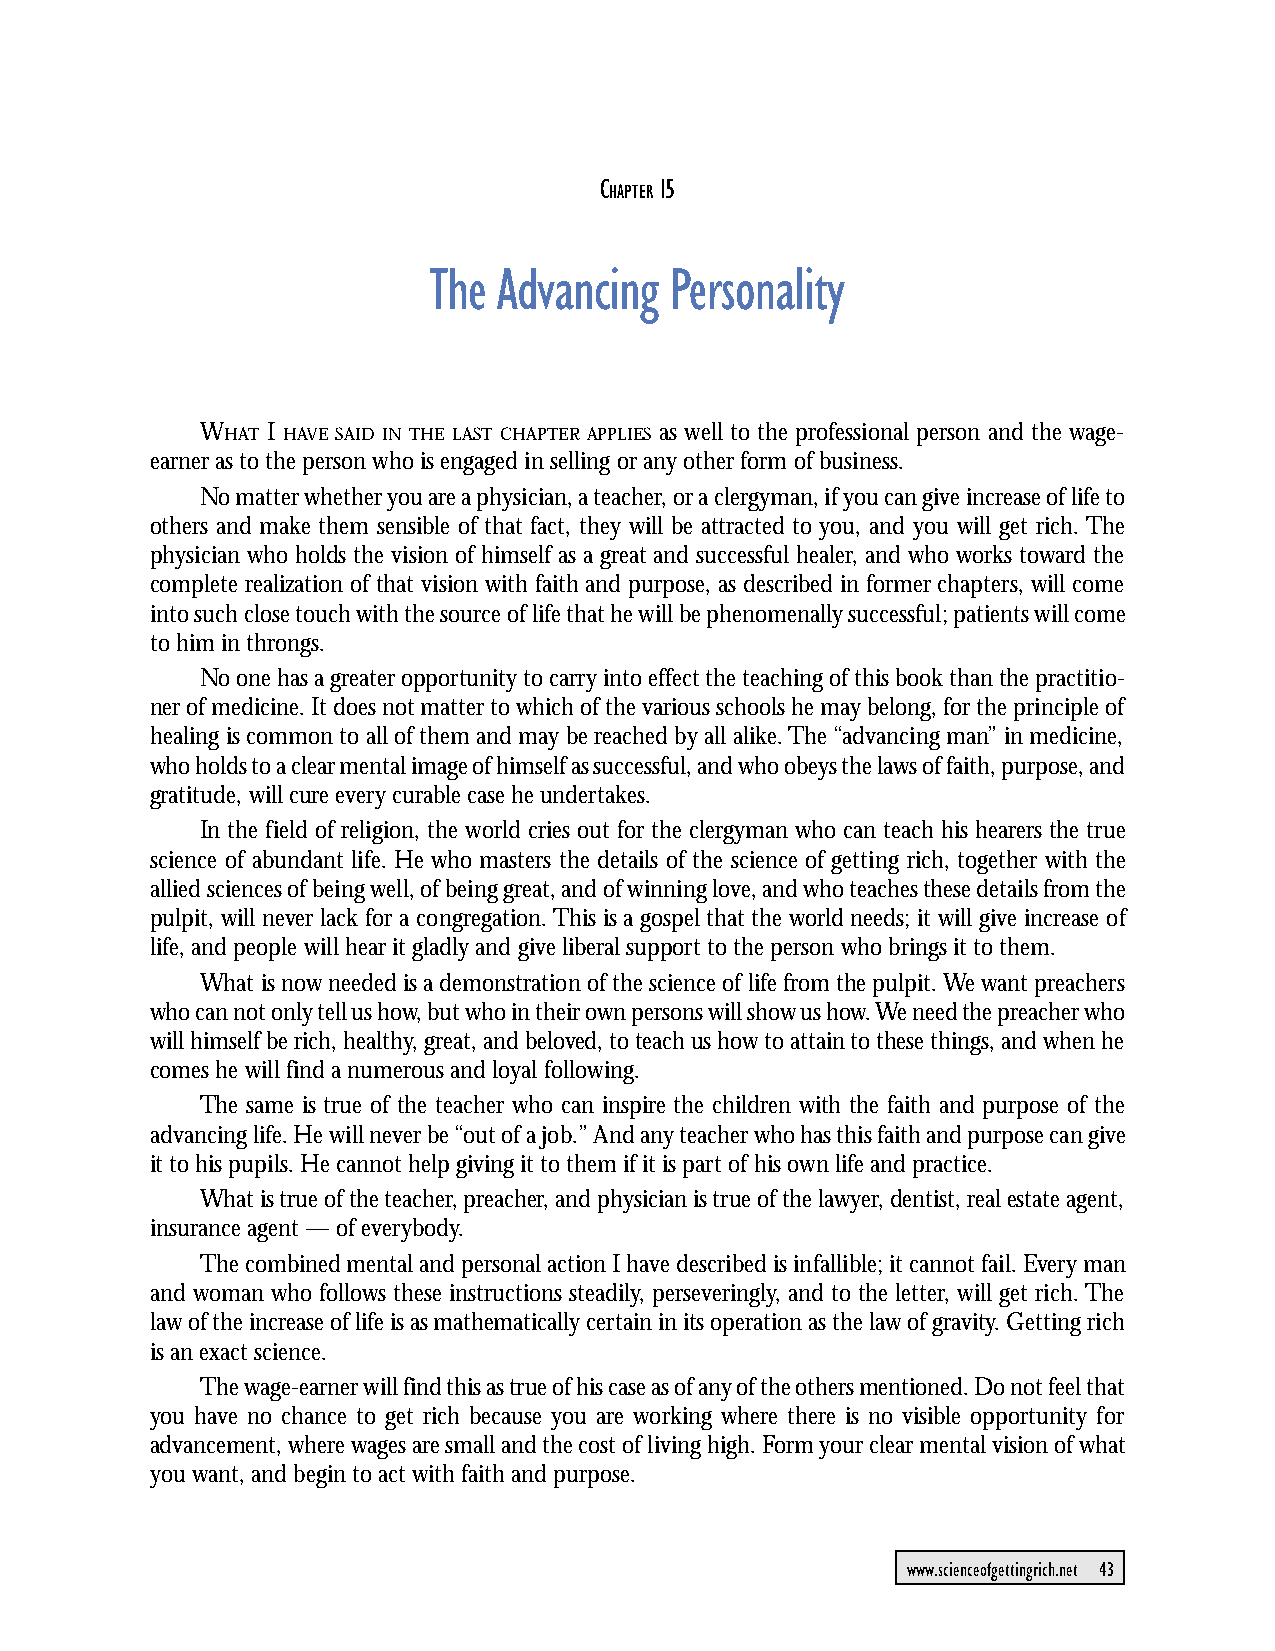
CHAPTER 15: The Advancing Personality
 C   15
 HAPTER
 The  Advancing  Personality
 WHAT I HAVE SAID IN THE LAST CHAPTER APPLIES as well to the professional person and the wage-
 earner as to the person who is engaged in selling or any other form of business.
 No matter whether you are a physician, a teacher, or a clergyman, if you can give increase of life to
 others and make them sensible of that fact, they will be attracted to you, and you will get rich. The
 physician who holds the vision of himself as a great and successful healer, and who works toward the
 complete realization of that vision with faith and purpose, as described in former chapters, will come
 into such close touch with the source of life that he will be phenomenally successful; patients will come
 to him in throngs.
 No one has a greater opportunity to carry into effect the teaching of this book than the practitio-
 ner of medicine. It does not matter to which of the various schools he may belong, for the principle of
 healing is common to all of them and may be reached by all alike. The “advancing man” in medicine,
 who holds to a clear mental image of himself as successful, and who obeys the laws of faith, purpose, and
 gratitude, will cure every curable case he undertakes.
 In the field of religion, the world cries out for the clergyman who can teach his hearers the true
 science of abundant life. He who masters the details of the science of getting rich, together with the
 allied sciences of being well, of being great, and of winning love, and who teaches these details from the
 pulpit, will never lack for a congregation. This is a gospel that the world needs; it will give increase of
 life, and people will hear it gladly and give liberal support to the person who brings it to them.
 What is now needed is a demonstration of the science of life from the pulpit. We want preachers
 who can not only tell us how, but who in their own persons will show us how. We need the preacher who
 will himself be rich, healthy, great, and beloved, to teach us how to attain to these things, and when he
 comes he will find a numerous and loyal following.
 The same is true of the teacher who can inspire the children with the faith and purpose of the
 advancing life. He will never be “out of a job.” And any teacher who has this faith and purpose can give
 it to his pupils. He cannot help giving it to them if it is part of his own life and practice.
 What is true of the teacher, preacher, and physician is true of the lawyer, dentist, real estate agent,
 insurance agent — of everybody.
 The combined mental and personal action I have described is infallible; it cannot fail. Every man
 and woman who follows these instructions steadily, perseveringly, and to the letter, will get rich. The
 law of the increase of life is as mathematically certain in its operation as the law of gravity. Getting rich
 is an exact science.
 The wage-earner will find this as true of his case as of any of the others mentioned. Do not feel that
 you have no chance to get rich because you are working where there is no visible opportunity for
 advancement, where wages are small and the cost of living high. Form your clear mental vision of what
 you want, and begin to act with faith and purpose.
 www.scienceofgettingrich.net 43